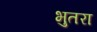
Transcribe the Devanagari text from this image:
भुतरा